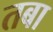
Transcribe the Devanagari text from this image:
तबा